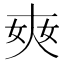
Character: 𡘘